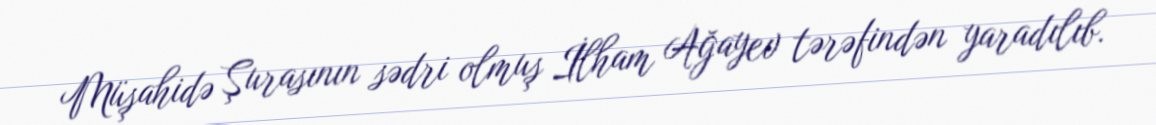
Müşahidə Şurasının sədri olmuş İlham Ağayev tərəfindən yaradılıb.